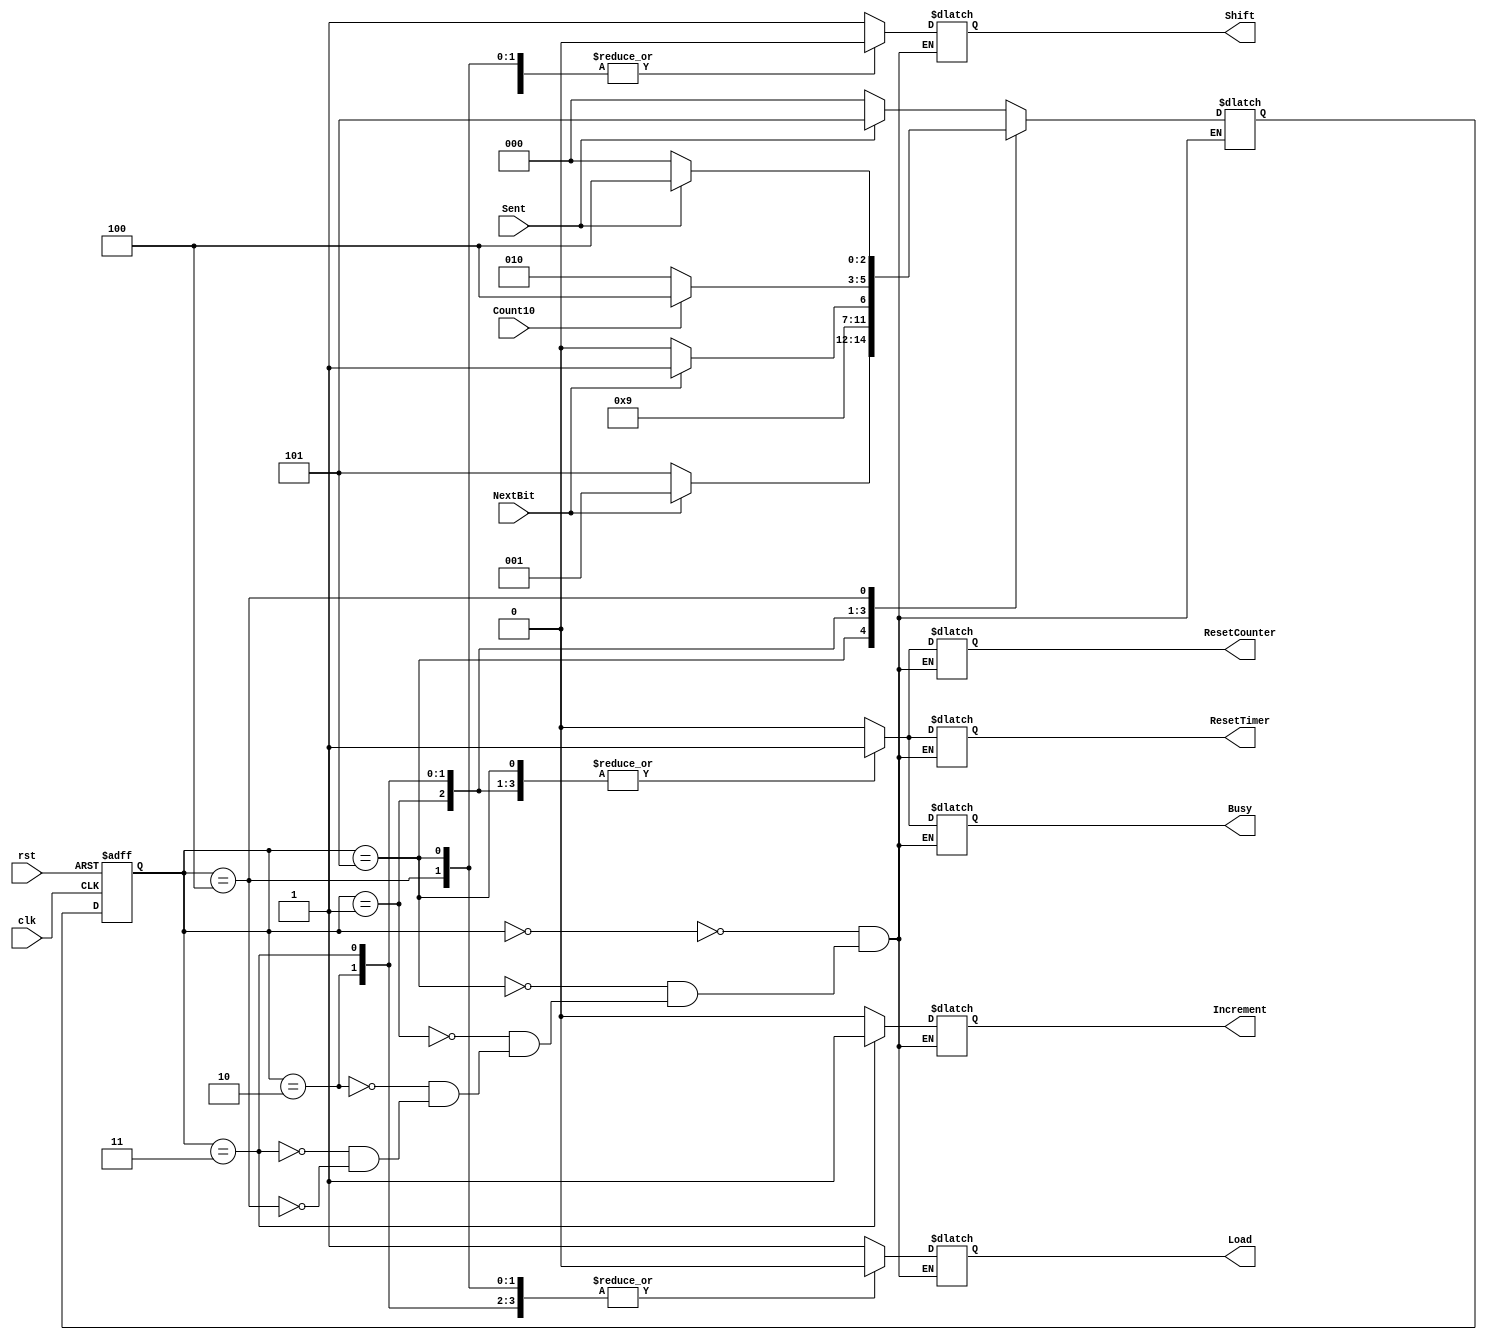
`timescale 1ns / 1ps
//////////////////////////////////////////////////////////////////////////////////
// Company: 
// Engineer: 
// 
// Design Name: 
// Module Name: Mod10_counter
// Project Name: 
// Target Devices: 
// Tool Versions: 
// Description: 
// 
// Dependencies: 
// 
// Revision:
// Revision 0.01 - File Created
// Additional Comments:
// 
//////////////////////////////////////////////////////////////////////////////////


module Transmitter_SM(
                      input Sent,
                      input NextBit,
                      input Count10,
                      input rst,
                      input clk,
                      output reg Busy,
                      output reg Increment,
                      output reg ResetCounter,
                      output reg ResetTimer,
                      output reg Shift,
                      output reg Load
    );
      
              
      
        reg[2:0] current_state, next_state;
        parameter   IDLE_s =    3'b000,
                    Load_s =    3'b001,
                    Count_s=    3'b010,
                    Shift_s =   3'b011,
                    Wait_s =    3'b100,
                    Count_s_2=  3'b101;
                    
        always@(posedge clk or negedge rst)begin: INIT
            if(!rst)begin
                current_state <= IDLE_s;
            end else begin
                current_state <= next_state;
            end
        end        
        always@(current_state or Sent or NextBit or Count10) begin: STATE
            case(current_state) 
                IDLE_s :begin
                            if(Sent)begin
                                next_state <= Count_s_2;
                            end else begin
                                next_state <= IDLE_s;
                            end
                         end
                Count_s_2:begin
                            if(NextBit)begin
                                next_state <= Load_s;
                            end else begin
                                next_state <= Count_s_2;
                            end
                        end        
                Load_s :begin
                                next_state <= Count_s;
                        end
                Count_s:begin
                            if(NextBit)begin
                                next_state <= Shift_s;
                            end else begin
                                next_state <= Count_s;
                            end
                        end
                Shift_s:begin
                            if(Count10)begin
                                next_state <= Wait_s;
                            end else begin
                                next_state <= Count_s;
                            end
                        end
                Wait_s :begin
                            if(Sent)begin
                                next_state <= Wait_s;
                            end else begin
                                next_state <= IDLE_s;
                            end
                        end
            endcase
        end
        always@(current_state)begin : OUTPUT
            case(current_state)
                IDLE_s: begin
                            Load        <= 1;
                            Shift       <= 1;
                            Increment   <= 0;
                            ResetCounter<= 0;
                            ResetTimer  <= 0;
                            Busy        <= 0; 
                        end
                Count_s_2:begin
                            Load        <= 0;
                            Shift       <= 0;
                            Increment   <= 0;
                            ResetCounter<= 1;
                            ResetTimer  <= 1;
                            Busy        <= 1; 
                        end        
                Load_s: begin
                            Load        <= 1;
                            Shift       <= 0;
                            Increment   <= 0;
                            ResetCounter<= 1;
                            ResetTimer  <= 1; 
                            Busy        <= 1;
                        end  
                Count_s:begin
                            Load        <= 0;
                            Shift       <= 0;
                            Increment   <= 0;
                            ResetCounter<= 1;
                            ResetTimer  <= 1;
                            Busy        <= 1; 
                        end
                Shift_s:begin
                            Load        <= 0;
                            Shift       <= 1;
                            Increment   <= 1;
                            ResetCounter<= 1;
                            ResetTimer  <= 1;
                            Busy        <= 1; 
                        end
                Wait_s:begin
                            Load        <= 0;
                            Shift       <= 0;
                            Increment   <= 0;
                            ResetCounter<= 0;
                            ResetTimer  <= 0;
                            Busy        <= 0; 
                        end 
            endcase
        end
endmodule